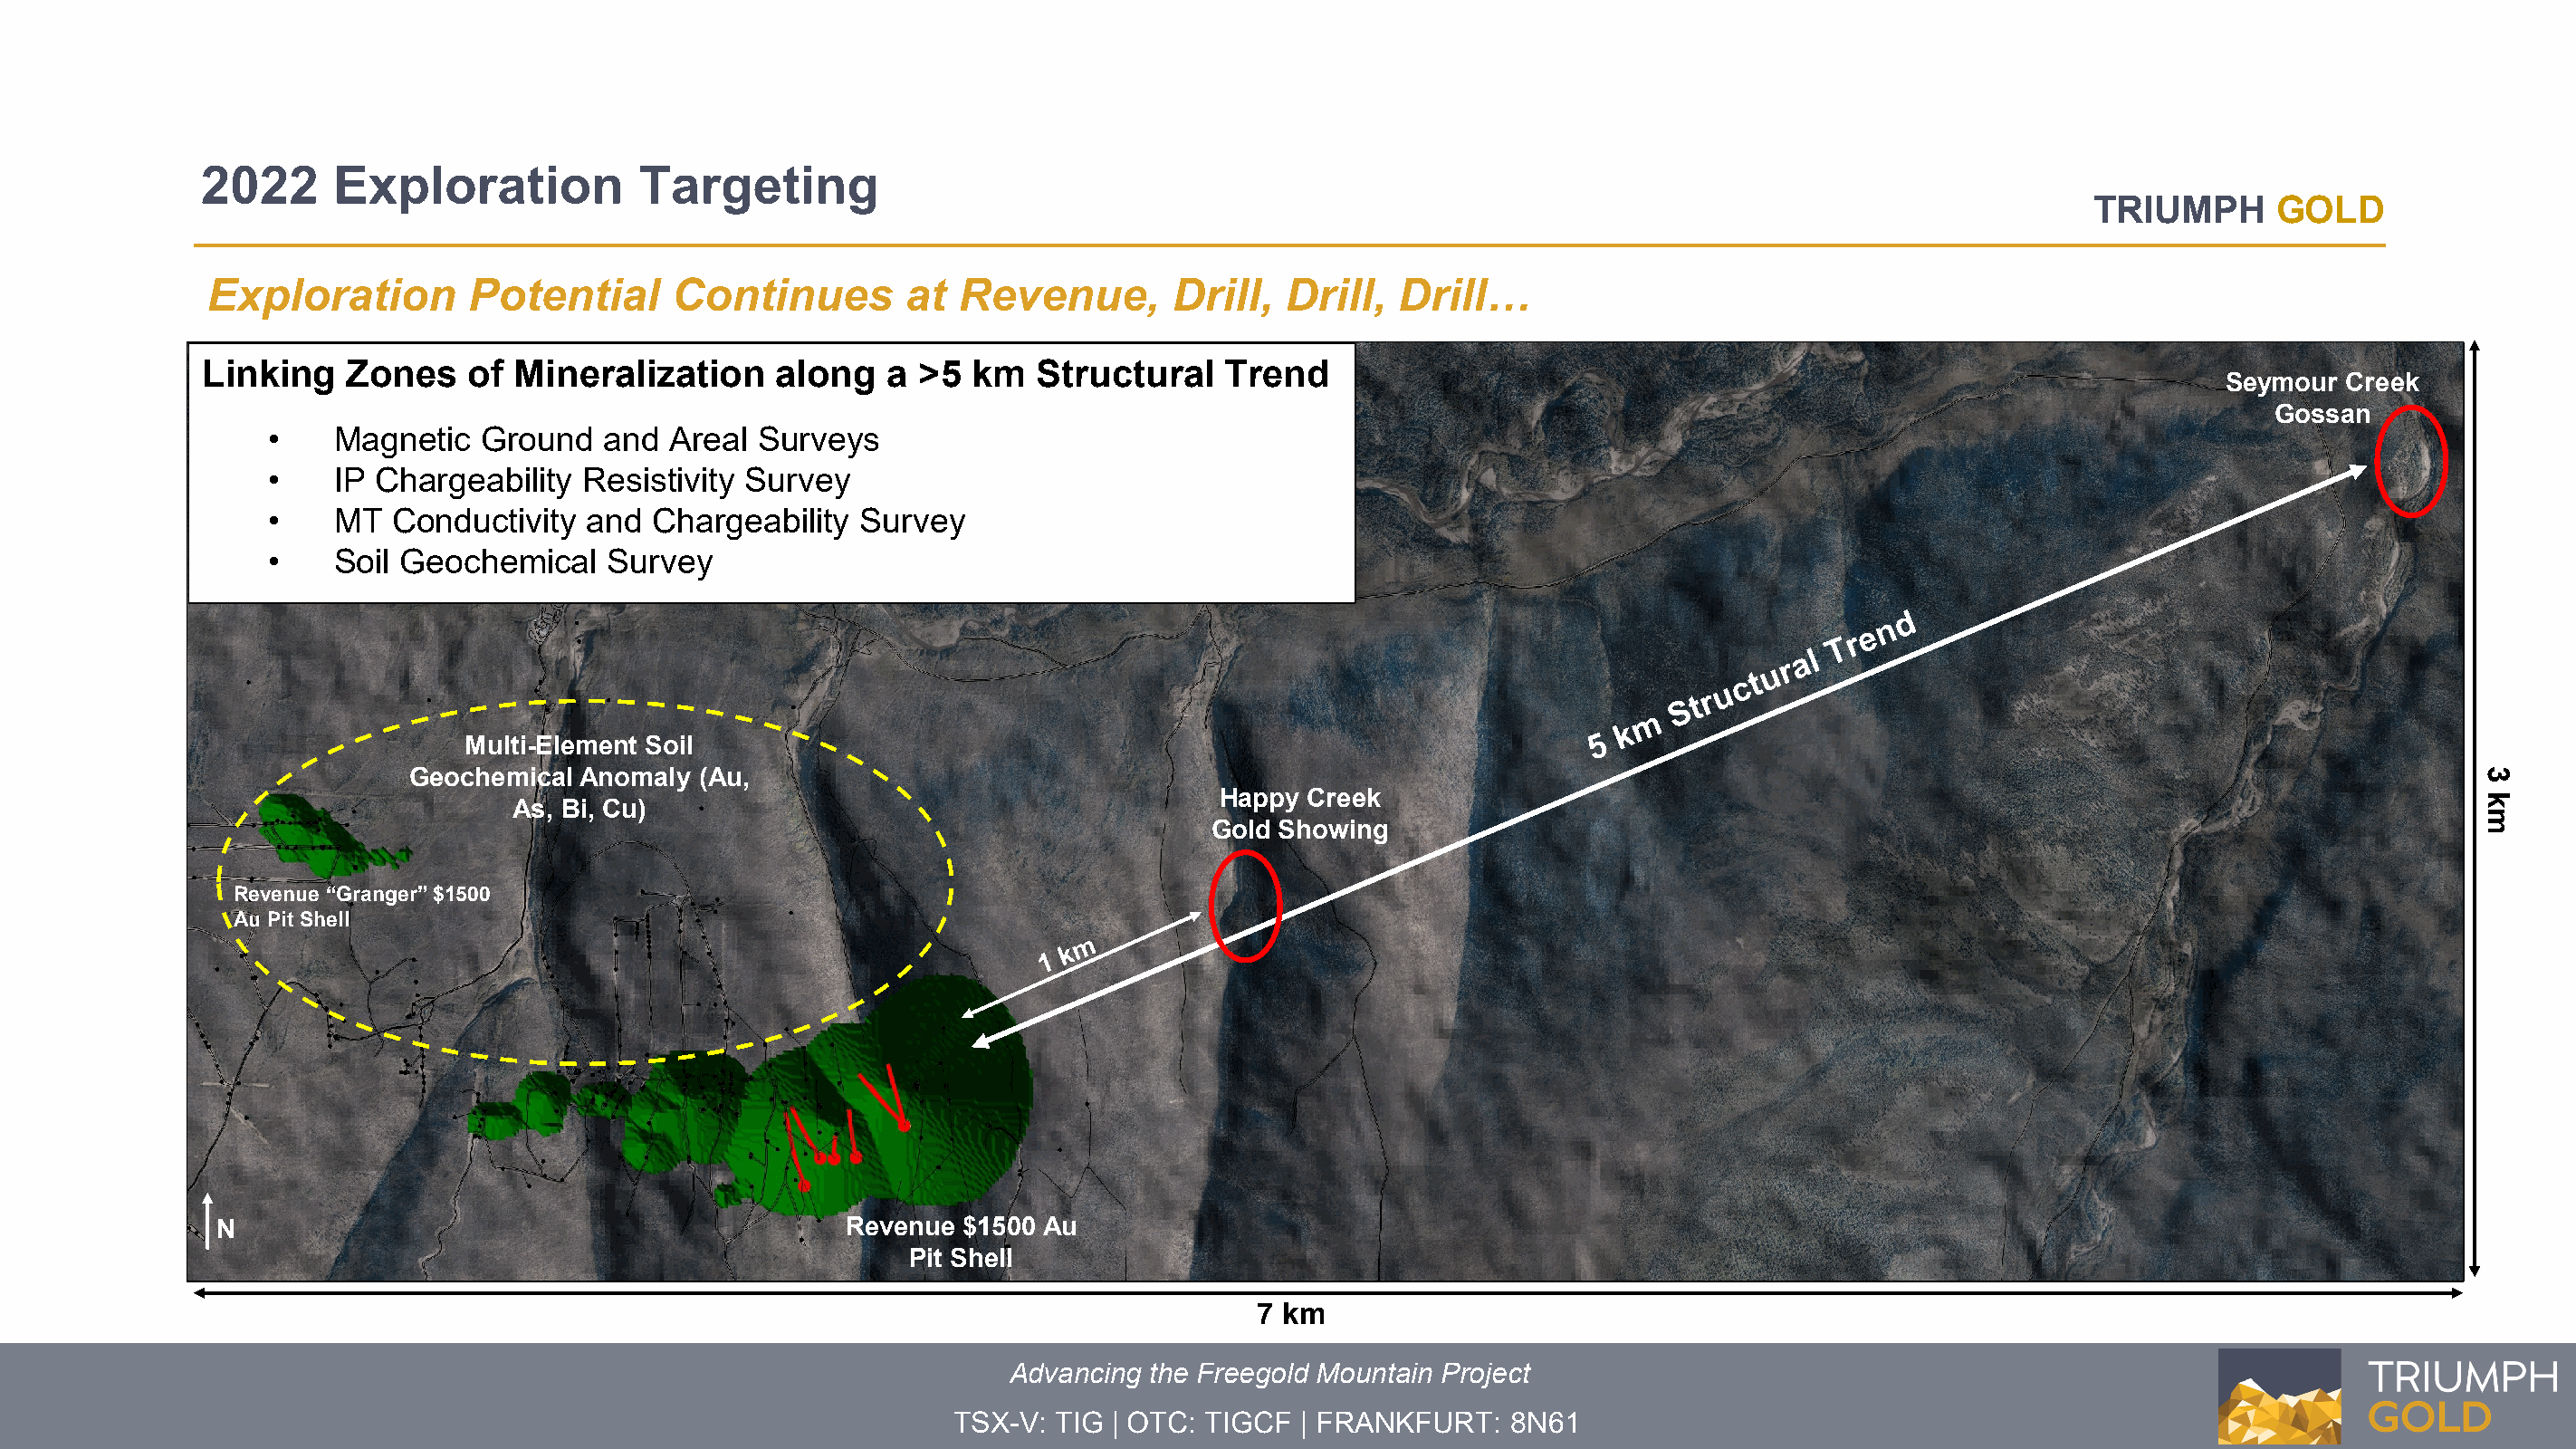
2022     Exploration            Targeting
 TTRRIIUUMMPPHH GGOOLLDD
 Exploration        Potential      Continues        at  Revenue,        Drill,  Drill,  Drill…
 Linking   Zones    of  Mineralization     along   a >5  km   Structural    Trend
 Seymour  Creek
 Gossan
 •   Magnetic   Ground   and  Areal Surveys
 •   IP Chargeability   Resistivity Survey
 •   MT   Conductivity  and  Chargeability  Survey
 •   Soil Geochemical    Survey
 Multi-Element Soil
 Geochemical Anomaly  (Au,
 Happy  Creek
 As, Bi, Cu)
 Gold Showing
 Revenue “Granger” $1500
 Au Pit Shell
 N                                             Revenue $1500 Au
 Pit Shell
 7 km
 Advancing the Freegold Mountain Project
 TSX-V: TIG | OTC: TIGCF  | FRANKFURT:   8N61
 3
 km